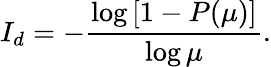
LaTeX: I_{d}=-\frac{\log{\left[1-P(\mu)\right]}}{\log{\mu}}.